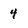
Character: 4